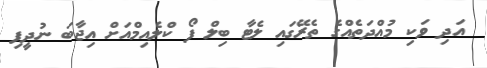
އަދި ވަކި މުއްދަތެއްގެ ތެރޭގައި ލެޓާ ބިލް ފޯ ކްލެއިމްއަށް އިޖާބަ ނުދީފި